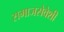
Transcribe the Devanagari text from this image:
समाजसेवेशी